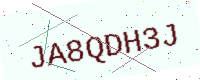
Text: JA8QDH3J